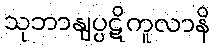
သုဘာနျပ္ပဋိကူလာနိ